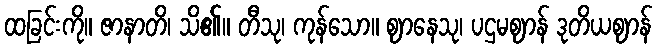
ထခြင်းကို။ ဇာနာတိ၊ သိ၏။ တီသု၊ ကုန်သော။ ဈာနေသု၊ ပဌမဈာန် ဒုတိယဈာန်